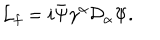
LaTeX: { \cal L } _ { f } = i \bar { \Psi } \gamma ^ { \alpha } { \cal D } _ { \alpha } \Psi .